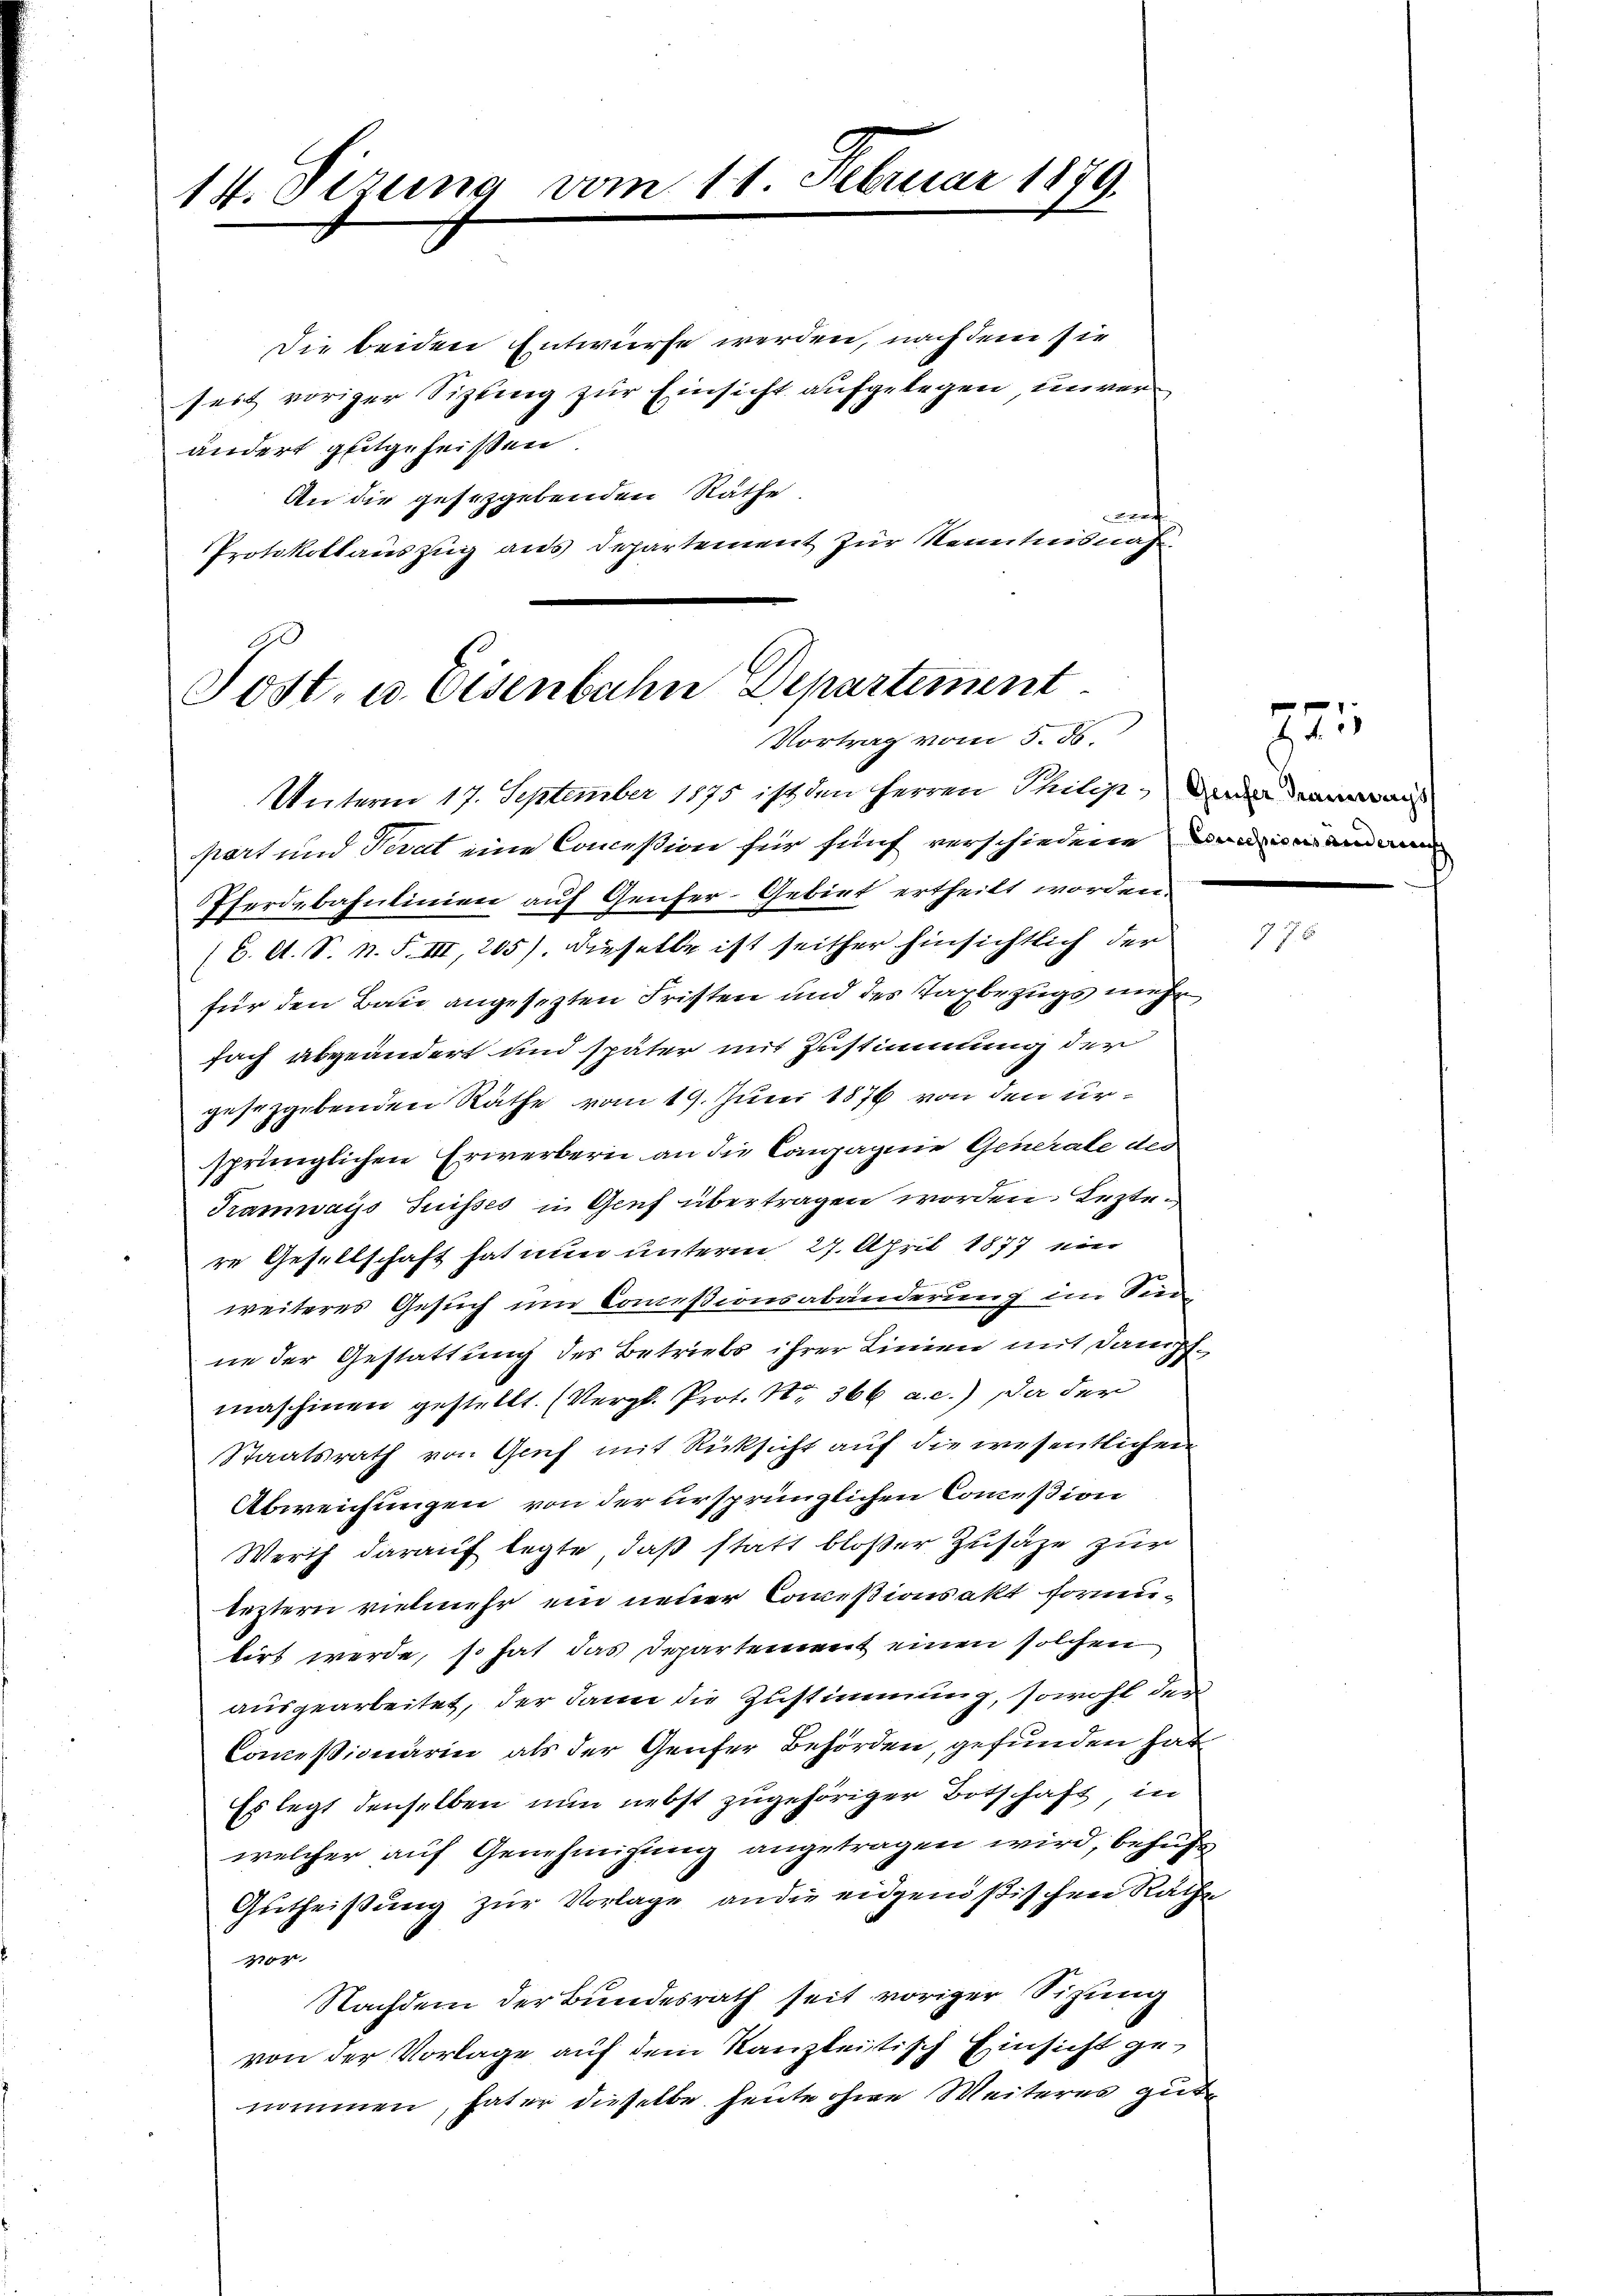
14. Sizung vom 11. Februar 1879.

Die beiden Entwürfe werden, nach dem sie
seit voriger Sizling zur Einsicht aufgelegen, unverändert gutgeheißen.
An die gesezgebenden Räthe,
Bar
Protokollauszug aus Departement zur Kenntnisnah

Post- u. Eisenbahn Departement
Vortrag vom 5. ds.
Unterm 17. September 1875 ist den Herren Philip, der aus

part und Terat eine Conceßion für fünf verschiedene Brismann
Pferdebahnlinien auf Genfer-Gebiet ertheilt worden.
(C. A. S. n. F. III, 205). Dieselbe ist seither hinsichtlich der
für den Bau angesetzten Fristen und des Taxbezugs mehr,
fach abgeändert und später mit Zustimmung der
gesetzgebenden Räthe vom 19. Juni 1876 von den ursprünglichen Erwerberie an die Compagnie Generale des
Tramwayss Suisses in Genf übertragen worden. Leztere Gesellschaft hat nun unterm 27. April 1877 ein
weiteres Gesuch und Commißionsabänderung im Sieg
ne der Gestattung des Betriebs ihrer Linien mit Dampfmaschinen gestellt. (Vergl. Prot. Nr. 366 a. c.) Da der
Staatsrath von Genf mit Rücksicht auf die wesentlichen
Abweichungen von der ursprünglichen Commißion
Werth darauf legte, daß statt bloßer Zusätze zur
beztern vielmehr ein neuer Commissionsakt formutirt werde, so hat das Departement einen solchen
ausgearbeitet, der dann die Zustimmung, sowohl der
Commißionärin als der Genfer Behörden, gefunden hat
Es legt denselben nun nebst zugehöriger Botschaft, in
welcher auf Genehmigung angetragen wird, behufe
Gutheißung zur Vorlage an die eidgenößischen Rathe
Ver.
Nachdem der Bundesrath seit voriger Sitzung
von der Vorlage auf dem Kanzleitisch Einsicht genommen, hater dieselbe heute ohne Weiteres gute

gru